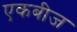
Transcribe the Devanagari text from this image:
एकबीज